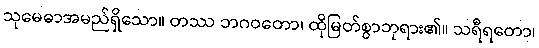
သုမေဓာအမည်ရှိသော။ တဿ ဘဂဝတော၊ ထိုမြတ်စွာဘုရား၏။ သရီရတော၊